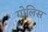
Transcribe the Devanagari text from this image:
गोलिस